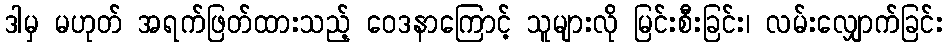
ဒါမှ မဟုတ် အရက်ဖြတ်ထားသည့် ဝေဒနာကြောင့် သူများလို မြင်းစီးခြင်း၊ လမ်းလျှောက်ခြင်း